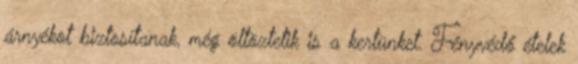
árnyékot biztosítanak, még öltöztetik is a kertünket. Fényvédő ételek